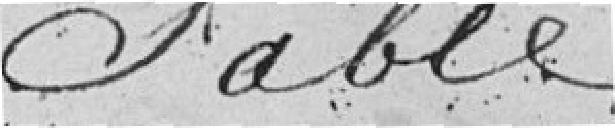
sable